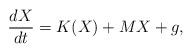
LaTeX: \begin{align*} \frac{dX}{dt}= { K}(X) + { M} X + g,\end{align*}